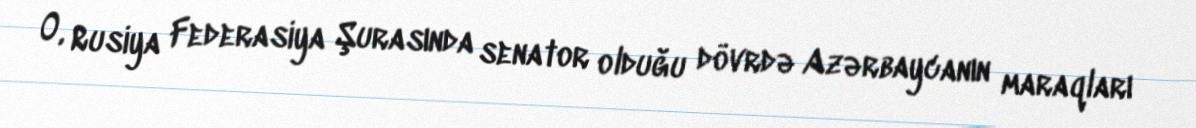
O, Rusiya Federasiya Şurasında senator olduğu dövrdə Azərbaycanın maraqları